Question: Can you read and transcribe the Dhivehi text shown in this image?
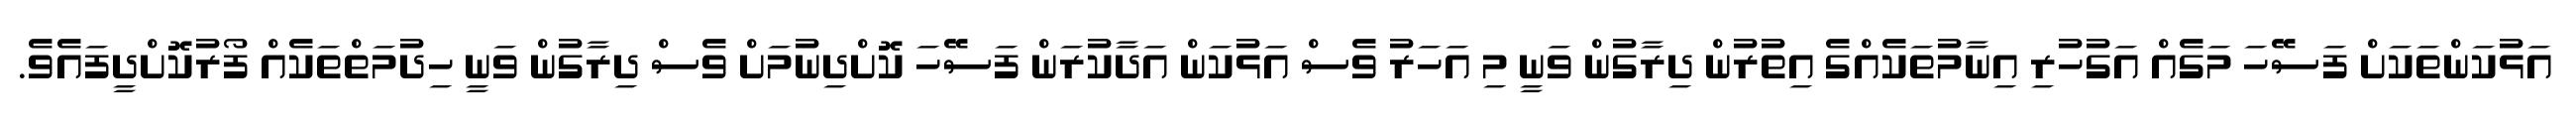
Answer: އަޅުކަންތަކަށް ފަސޭހަ މަގެއް އަގުހުރި އިނާމުތަކެއްގެ އިތުރުން ދިރާގުން ވަނީ މި އަހަރު ވެސް އަޅުކަން އަދާކުރަން ފަސޭހަ ކޮށްދިނުމަށް ވެސް ދިރާގުން ވަނީ ހިދުމަތްތަކެއް ފޯރުކޮށްދީފައެވެ.